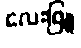
လေးဖြူ